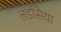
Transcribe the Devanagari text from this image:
लडसिया